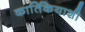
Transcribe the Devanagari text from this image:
कार्तिकेयाशी